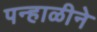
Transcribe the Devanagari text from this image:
पन्हाळीने